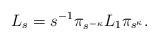
LaTeX: \begin{align*} L_s = s^{-1}\pi_{s^{-\kappa}}L_1\pi_{s^{\kappa}}.\end{align*}